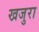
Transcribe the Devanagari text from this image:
खजुरा